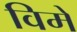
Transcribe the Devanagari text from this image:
विमे